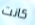
كانت